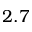
2 . 7